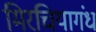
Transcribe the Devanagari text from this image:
मिरचियागंध